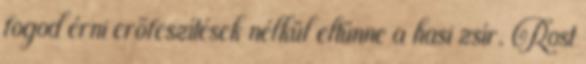
fogod érni erőfeszítések nélkül eltűnne a hasi zsír. Rost